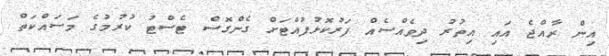
އިން ރާއްޖެ އައި އިތުރު ދިވެއްސެއް ފަރުކޮޅުފުއްޓަށް ގެންގޮސް ޓެސްޓު ކުރުމުގެ މަސައްކަތް